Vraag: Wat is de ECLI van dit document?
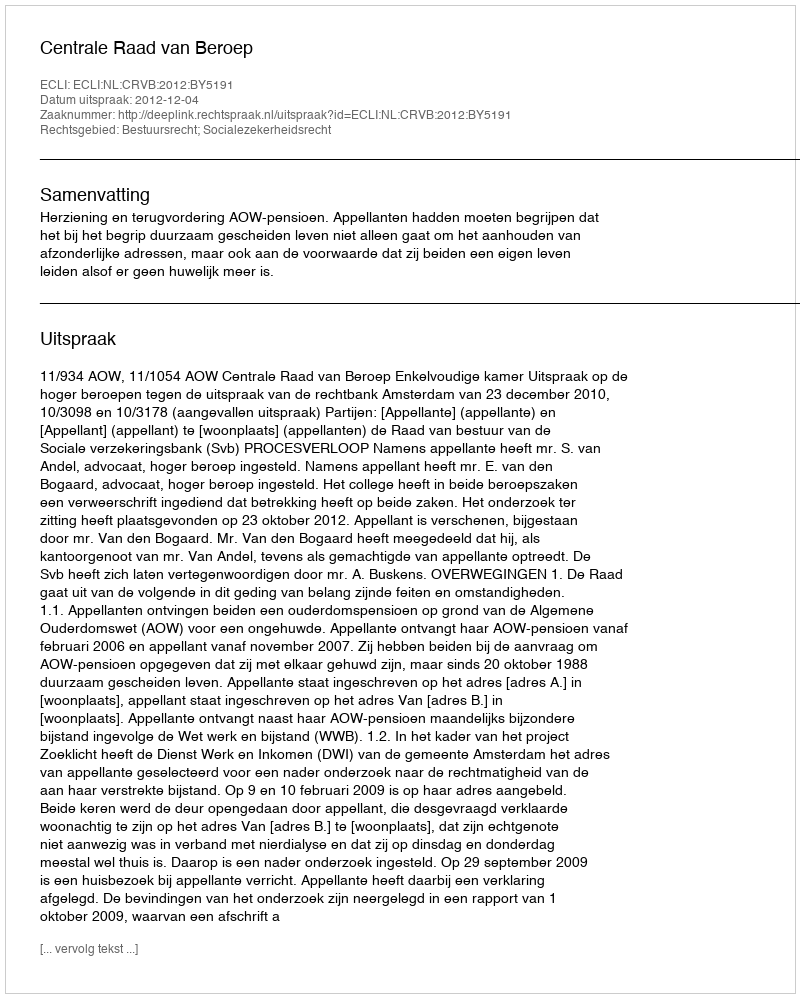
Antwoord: ECLI:NL:CRVB:2012:BY5191